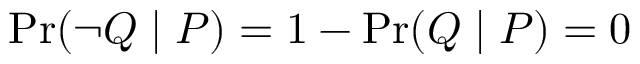
\operatorname* { P r } ( \lnot Q \mid P ) = 1 - \operatorname* { P r } ( Q \mid P ) = 0